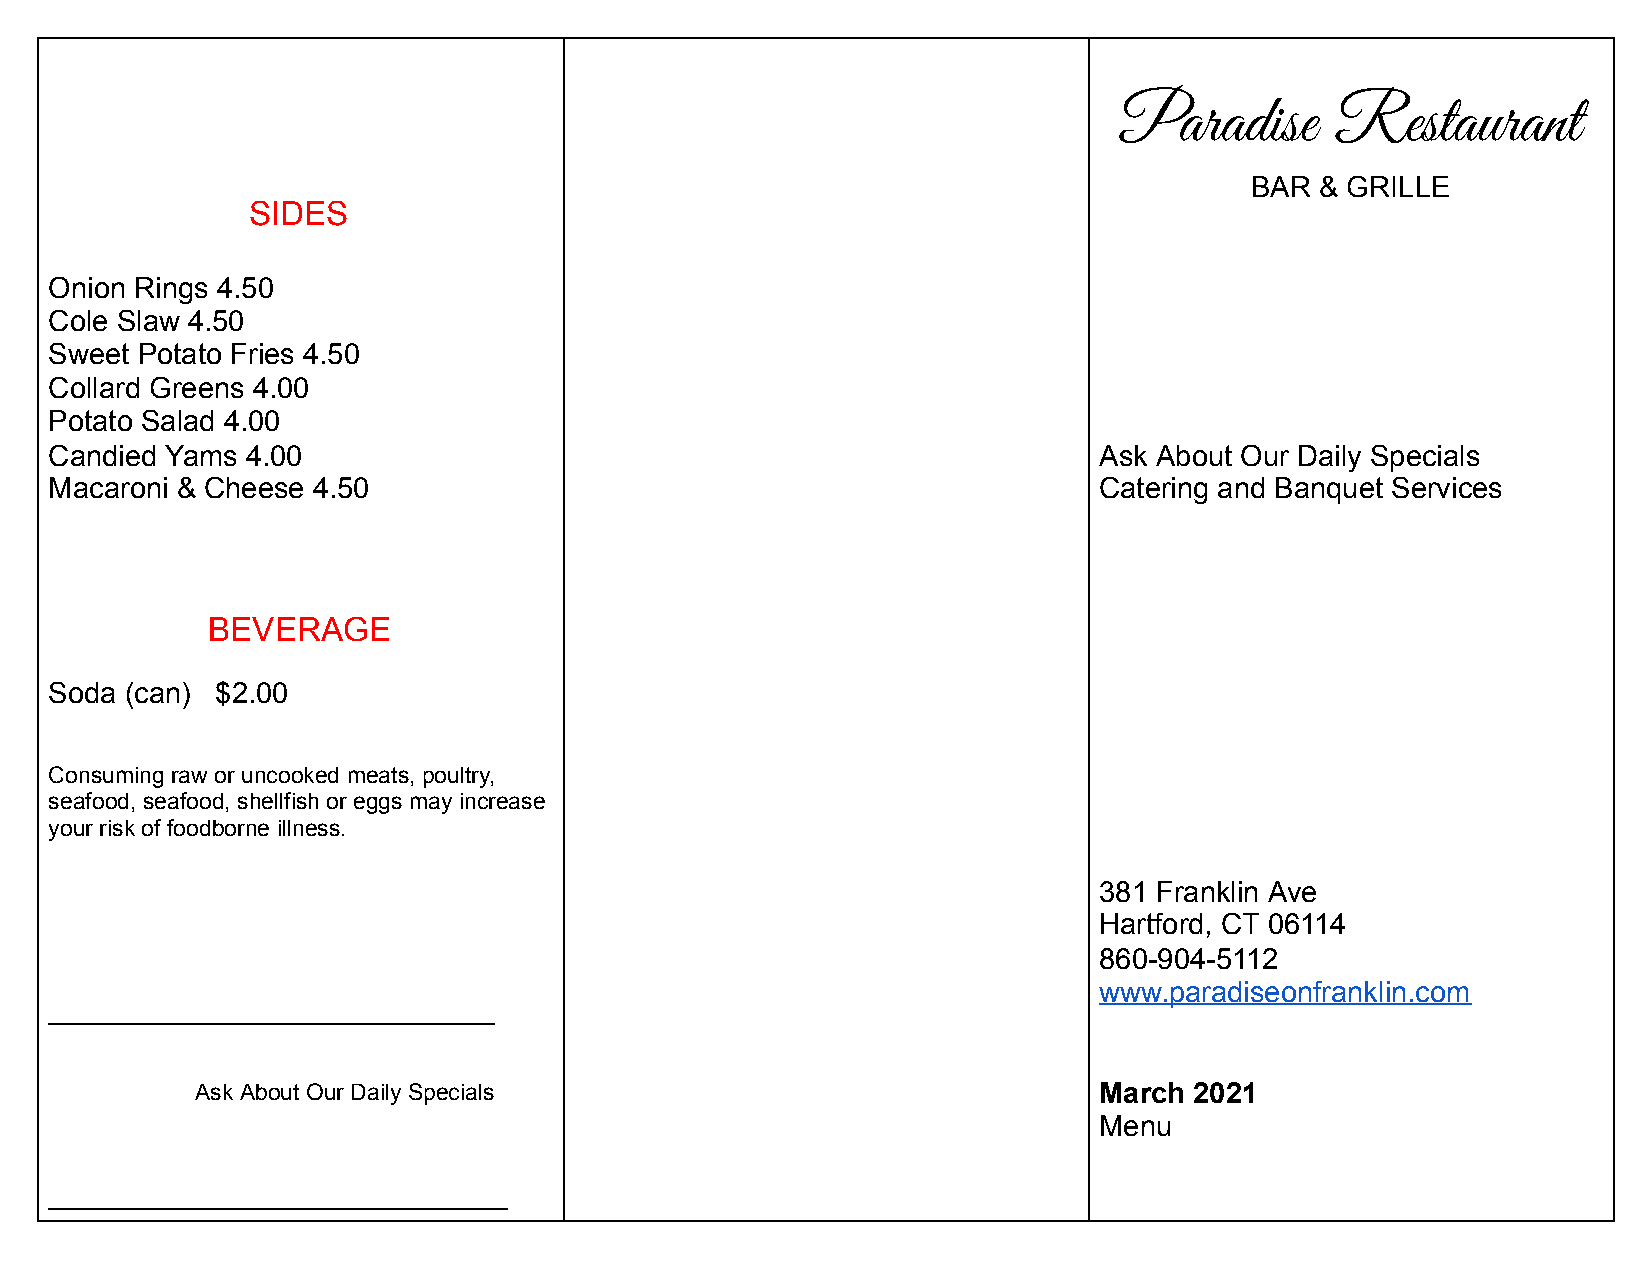
Paradise      Restaurant
 BAR & GRILLE
 SIDES
 Onion Rings 4.50
 Cole Slaw 4.50
 Sweet Potato Fries 4.50
 Collard Greens 4.00
 Potato Salad 4.00
 Candied Yams 4.00                                                     Ask About Our Daily Specials
 Macaroni & Cheese 4.50                                                Catering and Banquet Services
 BEVERAGE
 Soda (can) $2.00
 Consuming raw or uncooked meats, poultry,
 seafood, seafood, shellfish or eggs may increase
 your risk of foodborne illness.
 381 Franklin Ave
 Hartford, CT 06114
 860-904-5112
 www.paradiseonfranklin.com
 ___________________________________
 Ask About Our Daily Specials                                March 2021
 Menu
 ____________________________________